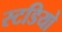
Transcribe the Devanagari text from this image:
स्टडियो